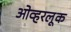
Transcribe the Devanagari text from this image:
ओव्हरलूक